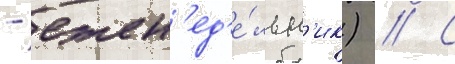
- ежен'ед'е́льн'ик) // С